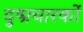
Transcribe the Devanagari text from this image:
दुष्प्रचारकों